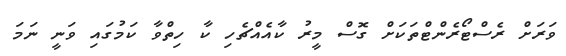
ވަރަށް ރެސްޓޯރެންޓްތަކަށް ގޮސް މީރު ކާއެއްޗެހި ކާ ހިތްވާ ކަމުގައި ވަނީ ނަމަ